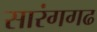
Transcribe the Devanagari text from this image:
सारंगगढ